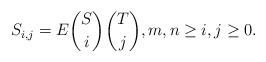
LaTeX: \begin{align*} {S_{i,j}=E{{S}\choose i}{{T}\choose j}}, m,n\ge i,j\ge 0.\end{align*}